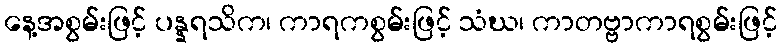
နေ့အစွမ်းဖြင့် ပန္နရသိက၊ ကာရကစွမ်းဖြင့် သံဃ၊ ကာတဗ္ဗာကာရစွမ်းဖြင့်